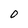
Character: 0